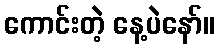
ကောင်းတဲ့ နေ့ပဲနော်။